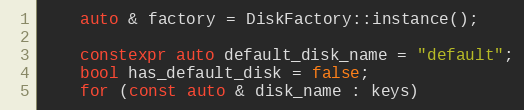
Language: C++
    auto & factory = DiskFactory::instance();

    constexpr auto default_disk_name = "default";
    bool has_default_disk = false;
    for (const auto & disk_name : keys)